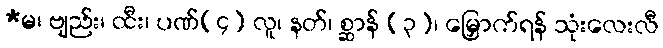
*မ၊ ဗျည်း၊ ထီး၊ ပဏ်(၄) လူ၊ နတ်၊ စ္ဆာန် (၃)၊ မြှောက်ရန် သုံးလေးလီ